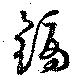
鏑